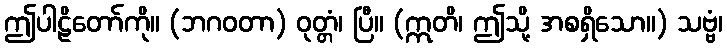
ဤပါဠိတော်ကို။ (ဘဂဝတာ) ဝုတ္တံ၊ ပြီ။ (ဣတိ၊ ဤသို့ အစရှိသော။) သဗ္ဗံ၊